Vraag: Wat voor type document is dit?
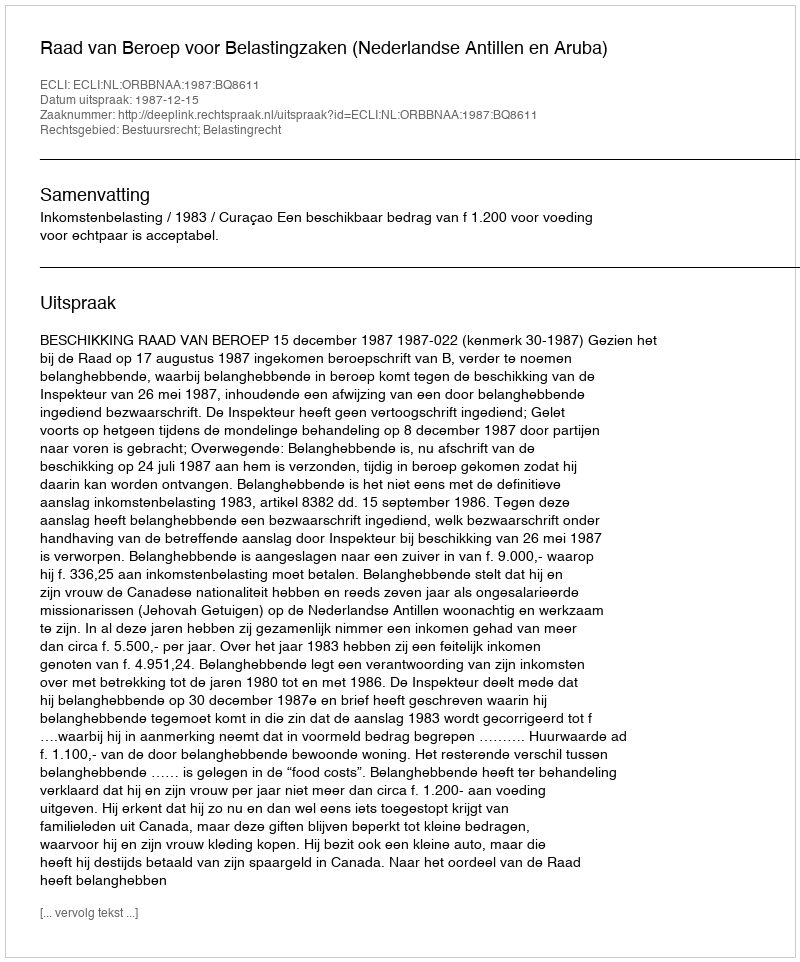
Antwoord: Uitspraak